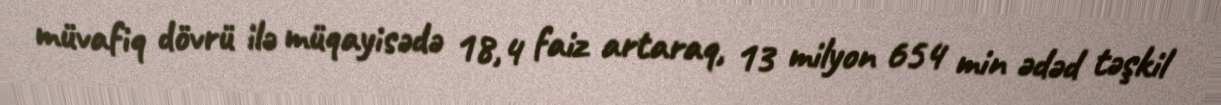
müvafiq dövrü ilə müqayisədə 18,4 faiz artaraq, 13 milyon 654 min ədəd təşkil